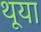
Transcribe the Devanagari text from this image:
थूया